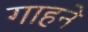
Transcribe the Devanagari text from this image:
गाहने